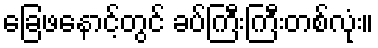
ခြေဖနောင့်တွင် ခပ်ကြီးကြီးတစ်လုံး။